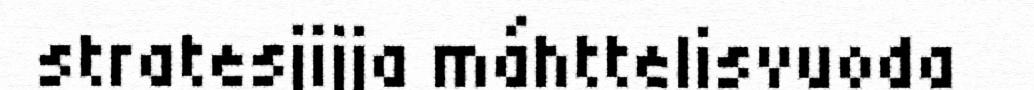
stratesjijja máhttelisvuoda